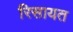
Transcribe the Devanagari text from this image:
रिसायत